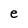
Character: e